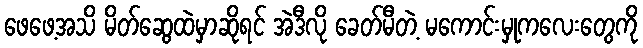
ဖေဖေ့အသိ မိတ်ဆွေထဲမှာဆိုရင် အဲဒီလို ခေတ်မီတဲ့ မကောင်းမှုကလေးတွေကို